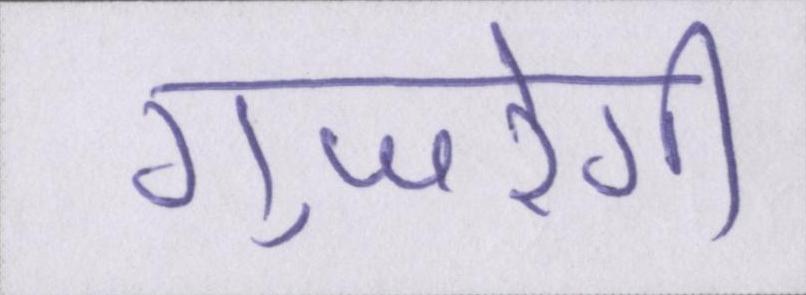
गुजरेगी